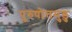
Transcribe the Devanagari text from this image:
पुरुषोत्तमुडु